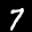
Label: 7